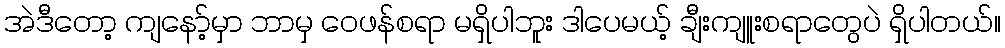
အဲဒီတော့ ကျနော့်မှာ ဘာမှ ဝေဖန်စရာ မရှိပါဘူး ဒါပေမယ့် ချီးကျူးစရာတွေပဲ ရှိပါတယ်။